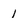
Character: 1